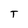
Character: T